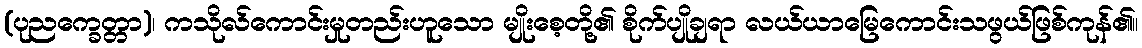
(ပုညက္ခေတ္တာ)၊ ကသိုလ်ကောင်းမှုတည်းဟူသော မျိုးစေ့တို့၏ စိုက်ပျိုချရာ လယ်ယာမြေကောင်းသဖွယ်ဖြစ်ကုန်၏။